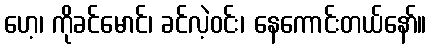
ဟေ့၊ ကိုခင်မောင်၊ ခင်လဲ့ဝင်း၊ နေကောင်းတယ်နော်။